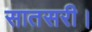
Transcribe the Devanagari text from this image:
सातसरी।